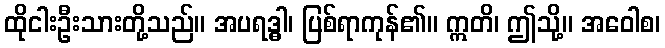
ထိုငါးဦးသားတို့သည်။ အပရဒ္ဓါ၊ ပြစ်ရာကုန်၏။ ဣတိ၊ ဤသို့။ အဝေါစ၊